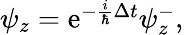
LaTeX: \begin{array}{r}{\psi_{z}=\mathrm{e}^{-\frac{i}{\hbar}\Delta t}\psi_{z}^{-},}\end{array}